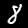
Digit: 8